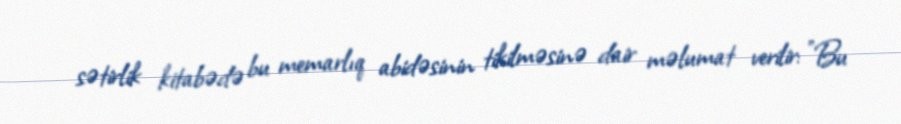
sətirlik kitabədə bu memarlıq abidəsinin tikilməsinə dair məlumat verilir: "Bu